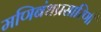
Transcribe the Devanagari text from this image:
मणिबंधप्रसारिणी